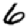
Digit: 6